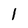
Character: 1